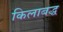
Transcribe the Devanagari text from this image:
किलाबद्ध